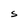
Character: S